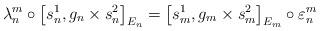
LaTeX: \begin{align*}\lambda_{n}^{m}\circ\left[ s_{n}^{1},g_{n}\times s_{n}^{2}\right] _{E_{n}}=\left[ s_{m}^{1},g_{m}\times s_{m}^{2}\right] _{E_{m}}\circ\varepsilon_{n}^{m} \end{align*}